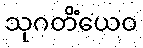
သုဂတိံယေဝ